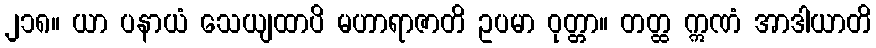
၂၁၈။ ယာ ပနာယံ သေယျထာပိ မဟာရာဇာတိ ဥပမာ ဝုတ္တာ။ တတ္ထ ဣဏံ အာဒါယာတိ